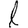
Digit: 1